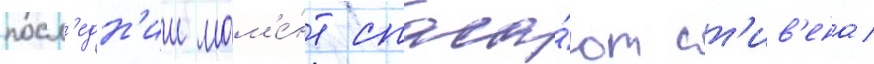
посл'едн'ии мом'е́нт спаса́ют ст'ив'ена